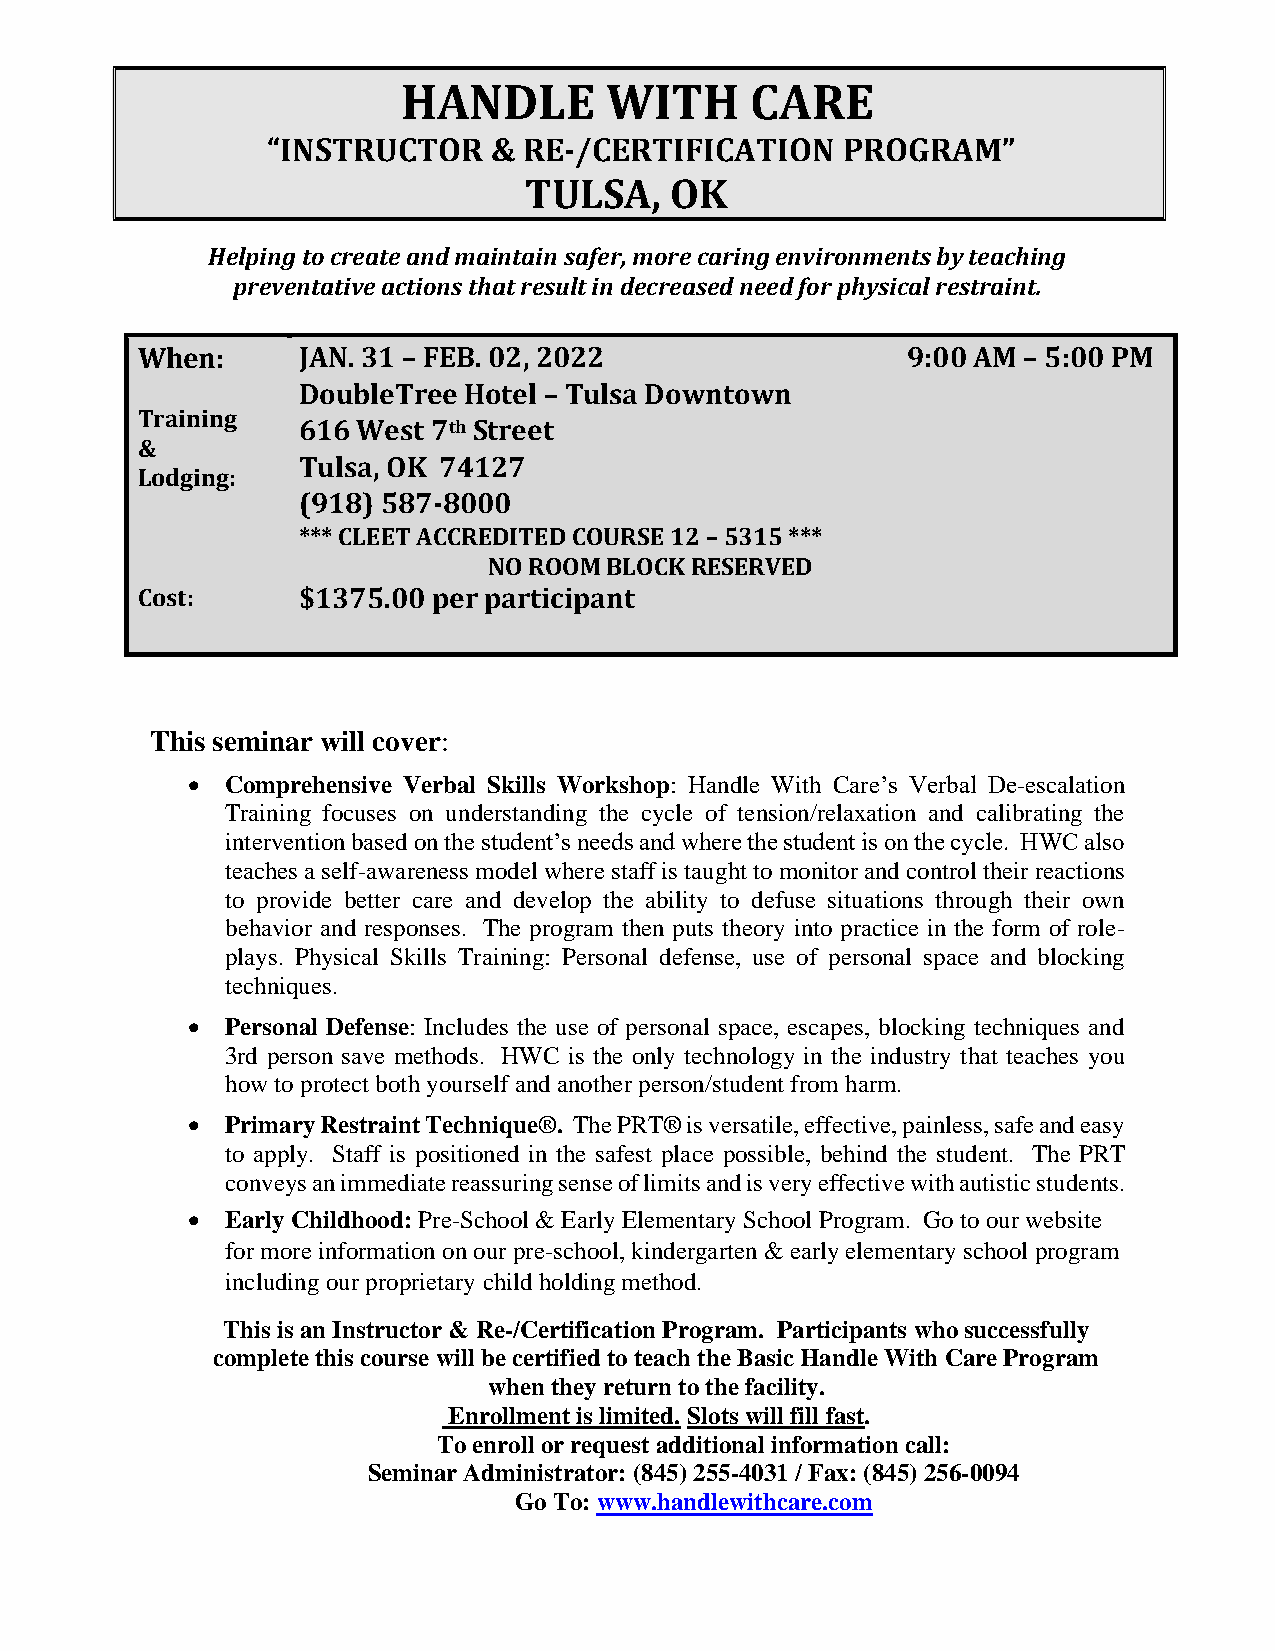
HANDLE       WITH      CARE
 “INSTRUCTOR   &  RE-/CERTIFICATION    PROGRAM”
 TULSA,   OK
 Helping to create and maintain safer, more caring environments by teaching
 preventative actions that result in decreased need for physical restraint.
 When:      JAN. 31 – FEB. 02, 2022                 9:00 AM – 5:00 PM
 DoubleTree Hotel – Tulsa Downtown
 Training
 616 West 7th Street
 &
 Tulsa, OK 74127
 Lodging:
 (918) 587-8000
 *** CLEET ACCREDITED COURSE 12 – 5315 ***
 NO ROOM BLOCK RESERVED
 Cost:      $1375.00 per participant
 This seminar will cover:
 •  Comprehensive Verbal Skills Workshop: Handle With Care’s Verbal De-escalation
 Training focuses on understanding the cycle of tension/relaxation and calibrating the
 intervention based on the student’s needs and where the student is on the cycle. HWC also
 teaches a self-awareness model where staff is taught to monitor and control their reactions
 to provide better care and develop the ability to defuse situations through their own
 behavior and responses. The program then puts theory into practice in the form of role-
 plays. Physical Skills Training: Personal defense, use of personal space and blocking
 techniques.
 •  Personal Defense: Includes the use of personal space, escapes, blocking techniques and
 3rd person save methods. HWC is the only technology in the industry that teaches you
 how to protect both yourself and another person/student from harm.
 •  Primary Restraint Technique®. The PRT® is versatile, effective, painless, safe and easy
 to apply. Staff is positioned in the safest place possible, behind the student. The PRT
 conveys an immediate reassuring sense of limits and is very effective with autistic students.
 •  Early Childhood: Pre-School & Early Elementary School Program. Go to our website
 for more information on our pre-school, kindergarten & early elementary school program
 including our proprietary child holding method.
 This is an Instructor & Re-/Certification Program. Participants who successfully
 complete this course will be certified to teach the Basic Handle With Care Program
 when they return to the facility.
 Enrollment is limited. Slots will fill fast.
 To enroll or request additional information call:
 Seminar Administrator: (845) 255-4031 / Fax: (845) 256-0094
 Go To: www.handlewithcare.com